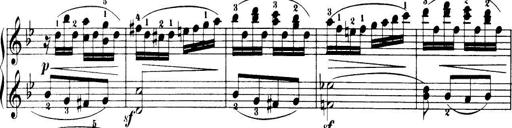
Title: 32 Sonatinas and Rondos for the Piano
Composer: Richard Kleinmichel